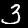
Digit: 3